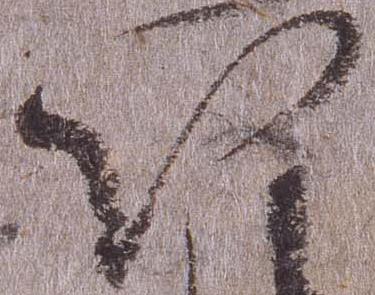
以